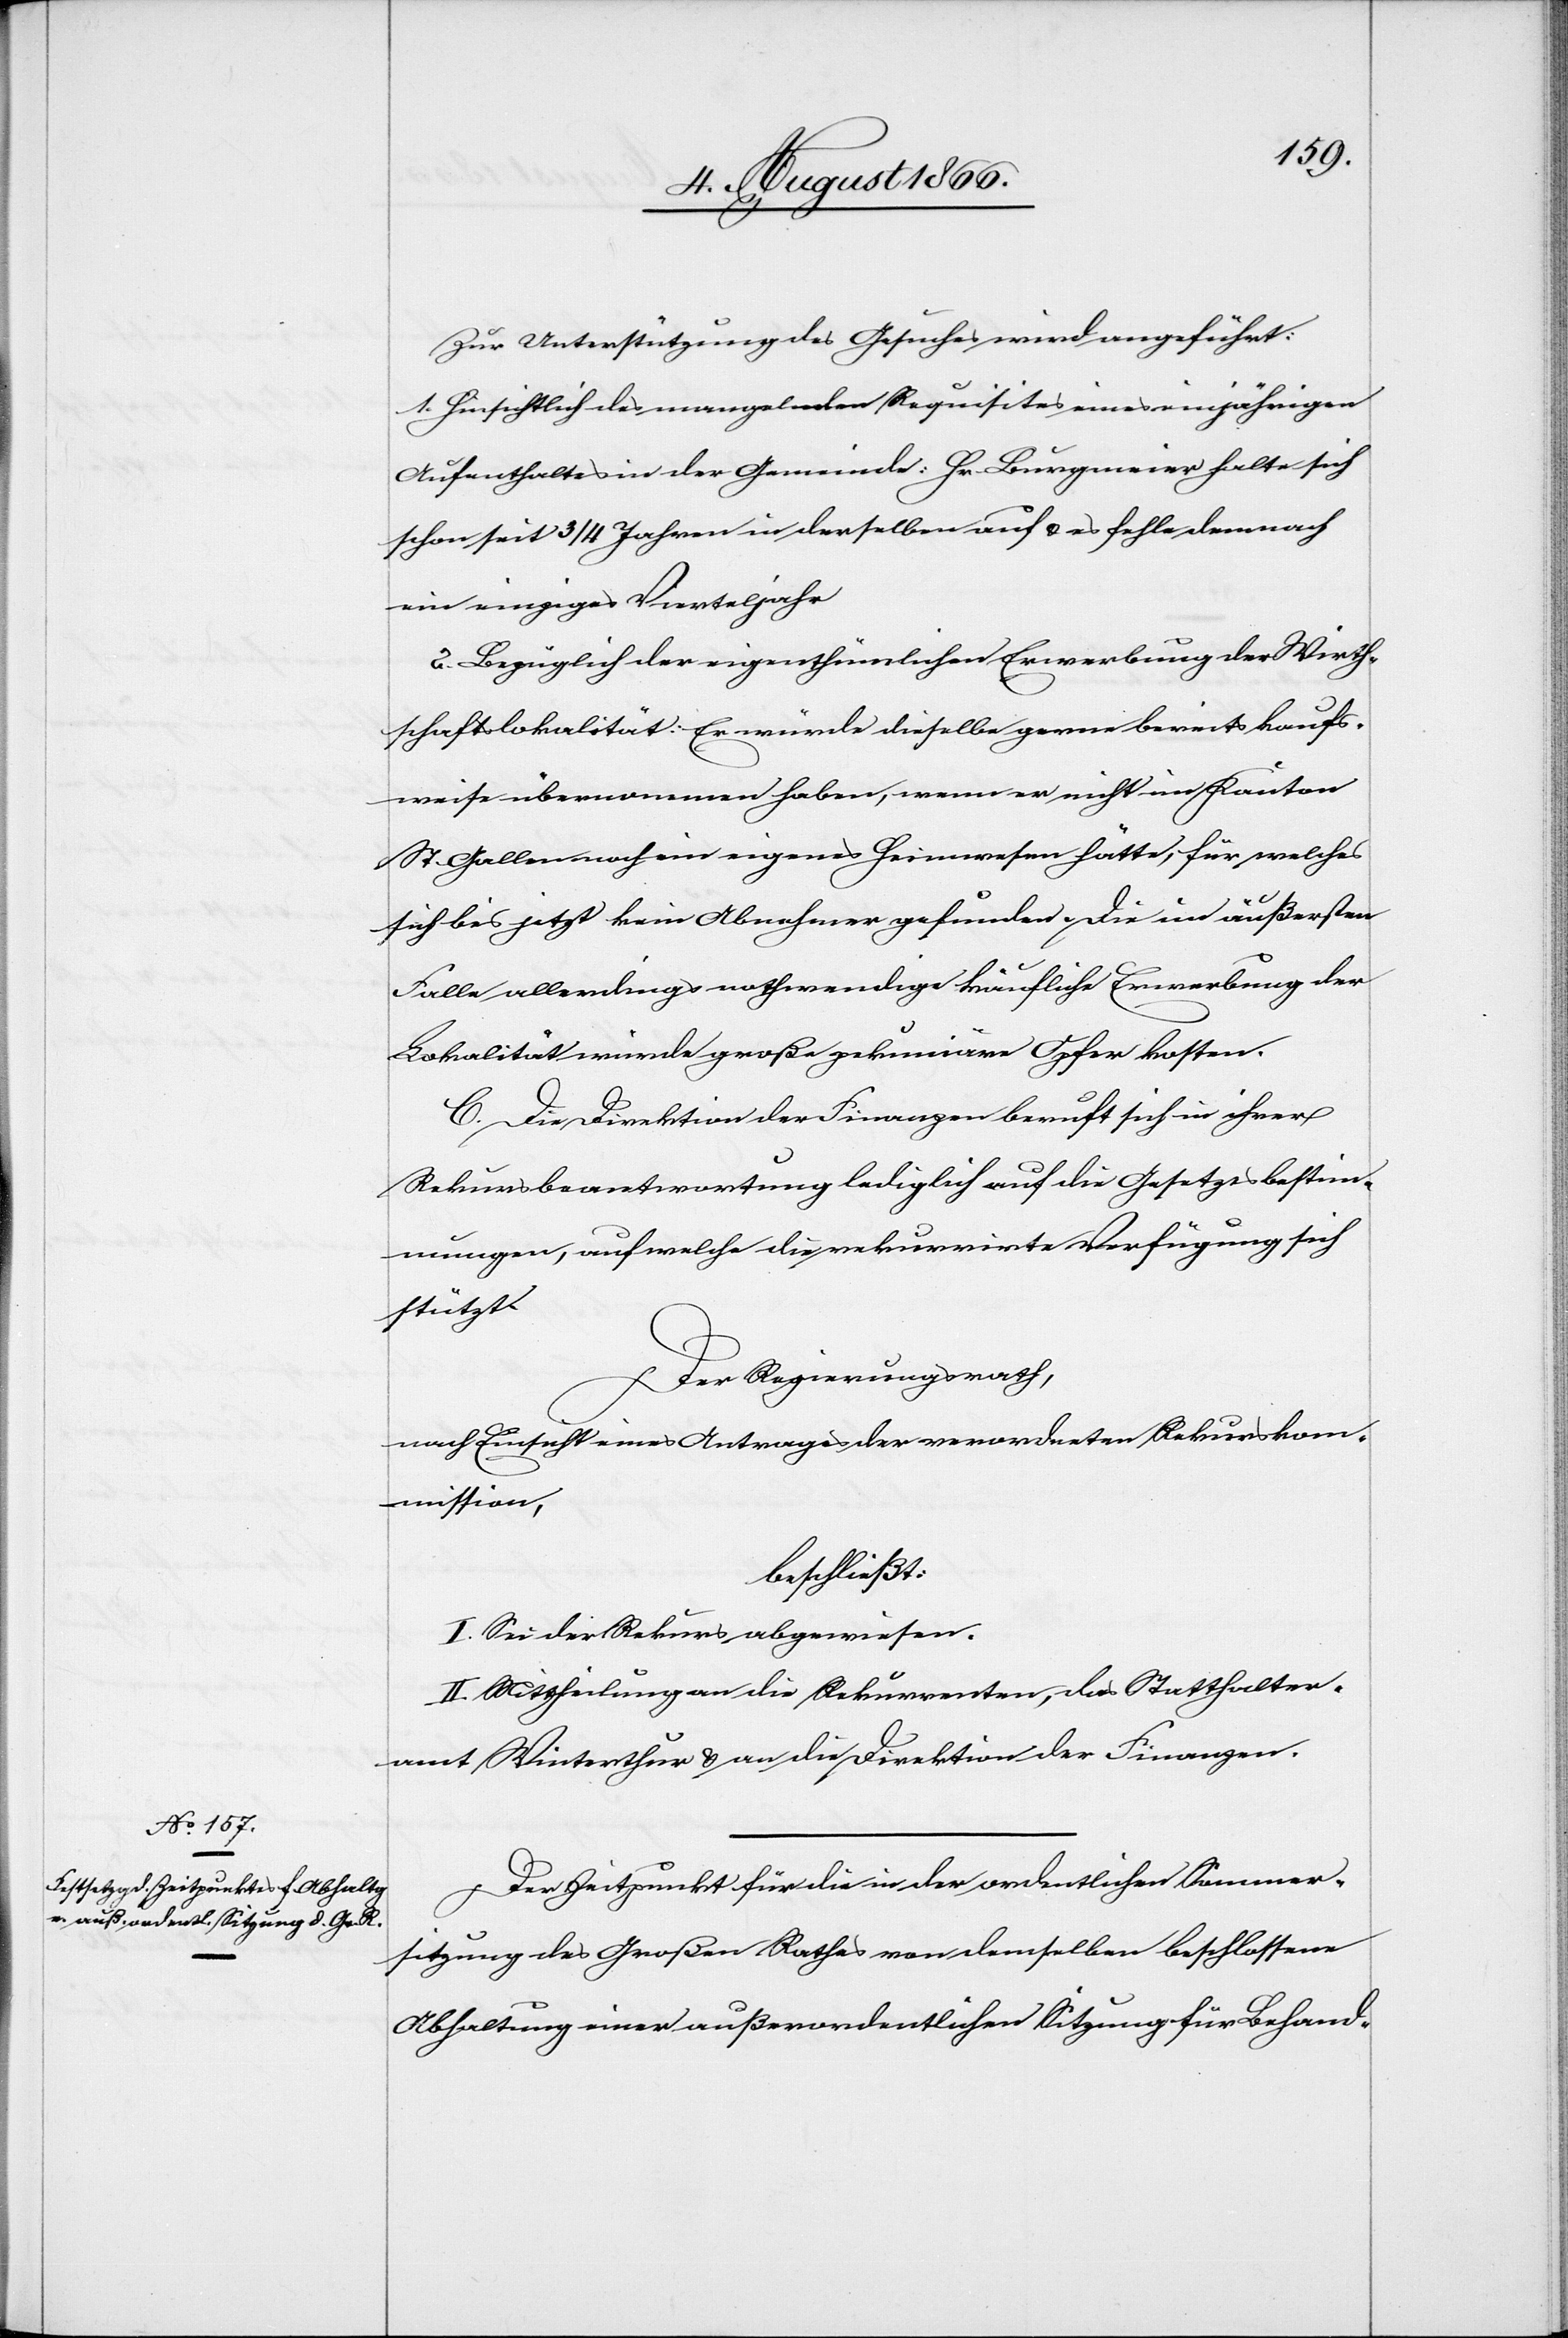
Zur Unterstützung des Gesuches wird angeführt:
1. Hinsichtlich des mangelnden Requisites eines einjährigen
Aufenthaltes in der Gemeinde: Hr. Burgmeier halte sich
schon seit 3/4 Jahren in derselben auf u. es fehle demnach
ein einziges Vierteljahr.
2. Bezüglich der eigenthümlichen Erwerbung der Wirth¬
schaftslokalität: Er würde dieselbe gerne bereits kaufs¬
weise übernommen haben, wenn er nicht im Kanton
St. Gallen noch ein eigenes Heimwesen hätte, für welches
sich bis jetzt kein Abnehmer gefunden. Die im äußersten
Falle allerdings nothwendige käufliche Erwerbung der
Lokalität würde große pekuniäre Opfer kosten.
C. Die Direktion der Finanzen beruft sich in ihrer
Rekursbeantwortung lediglich auf die Gesetzesbestim¬
mungen, auf welche die rekurrirte Verfügung sich
stützt.
Der Regierungsrath,
nach Einsicht eines Antrages der verordneten Rekurskom¬
mission,
beschließt:
I. Sei der Rekurs abgewiesen.
II. Mittheilung an die Rekurrenten, das Statthalter¬
amt Winterthur u. an die Direktion der Finanzen.
Der Zeitpunkt für die in der ordentlichen Sommer¬
sitzung des Großen Rathes von demselben beschlossenen
Abhaltung einer außerordentlichen Sitzung für Behand-